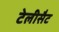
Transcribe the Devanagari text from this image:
टेलीसैट